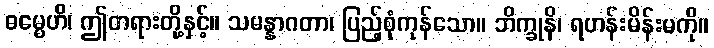
ဓမ္မေဟိ၊ ဤတရားတို့နှင့်။ သမန္နာဂတာ၊ ပြည့်စုံကုန်သော။ ဘိက္ခုနိ၊ ရဟန်းမိန်းမကို။